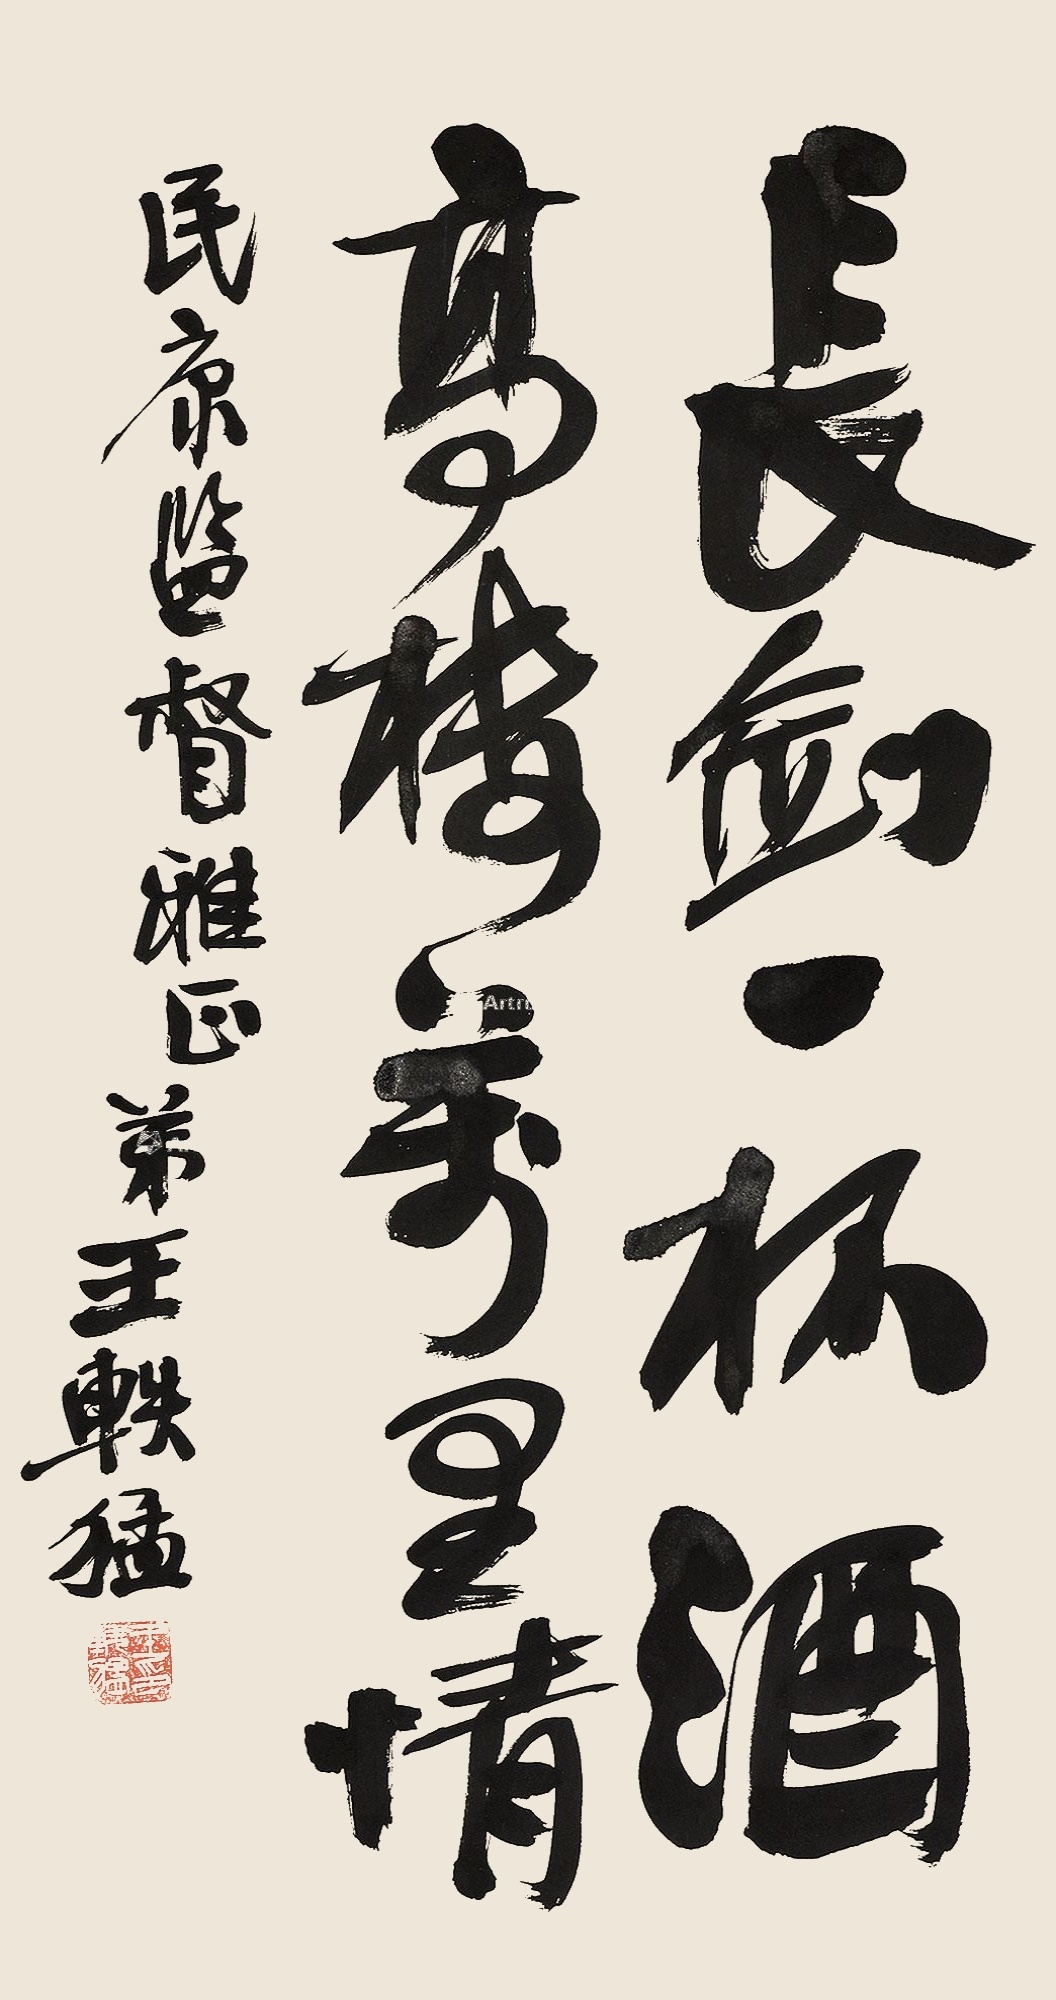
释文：长剑一杯酒，高楼万里情。民京监督雅正，弟王轶猛。